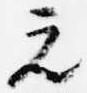
元